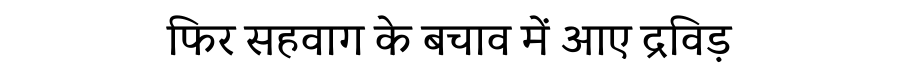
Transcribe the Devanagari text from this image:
फिर सहवाग के बचाव में आए द्रविड़